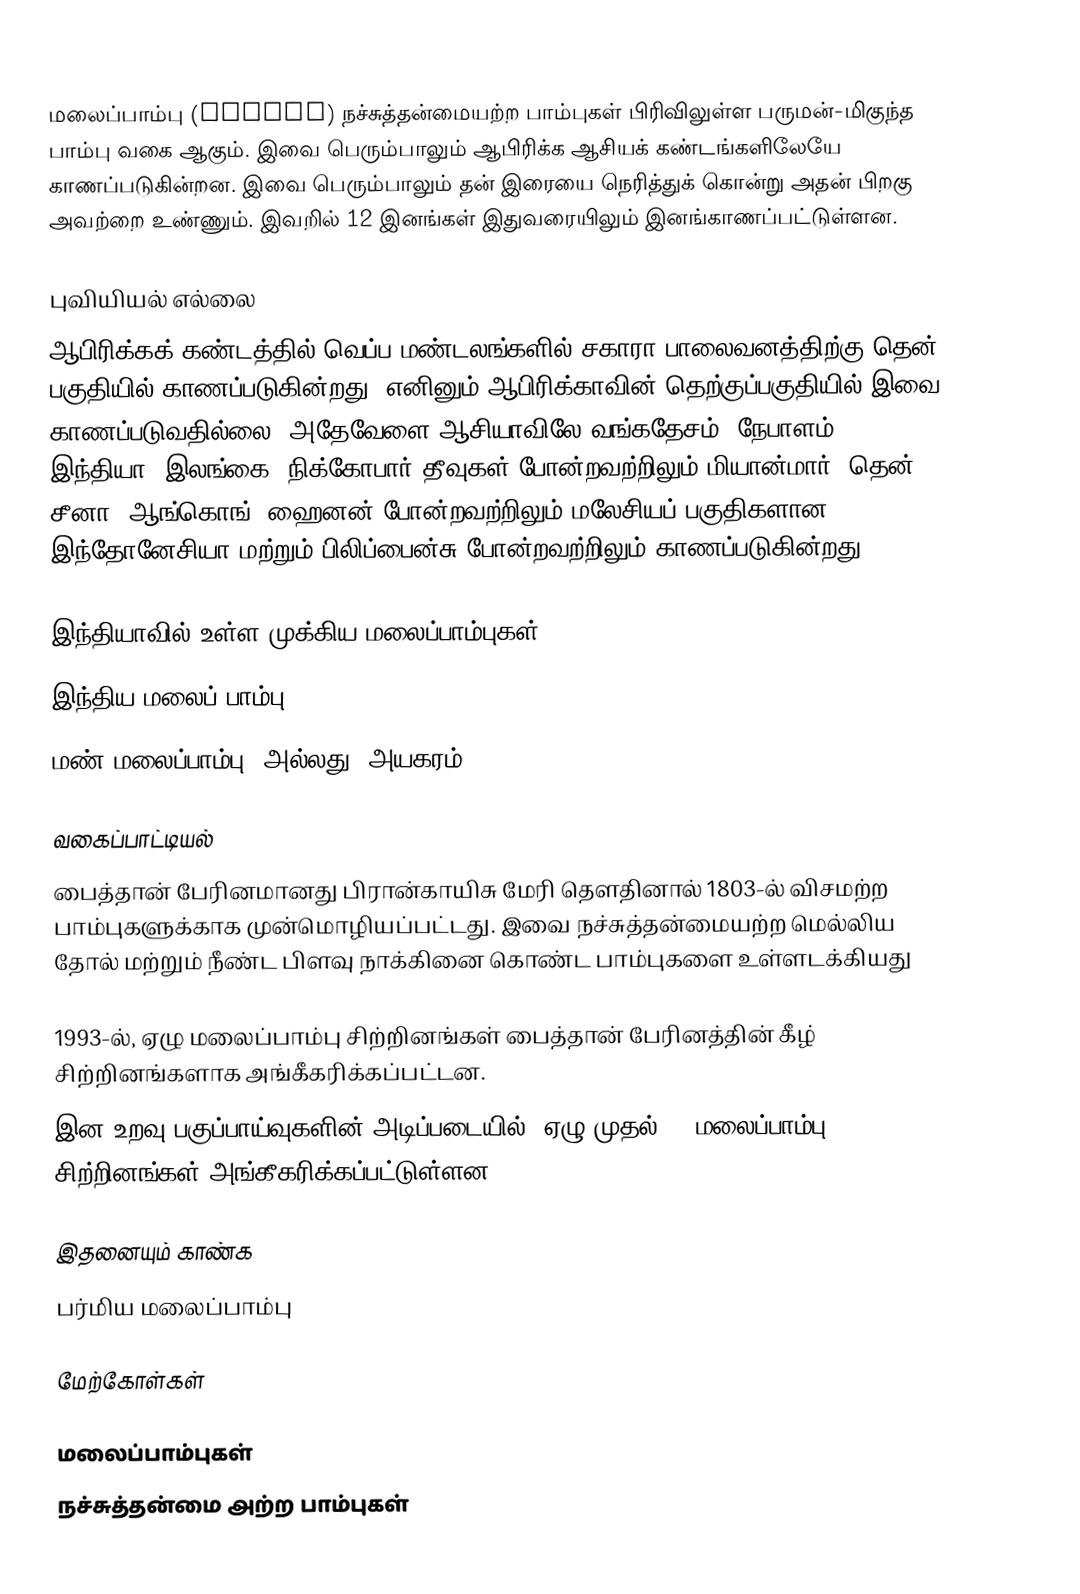
மலைப்பாம்பு (Python) நச்சுத்தன்மையற்ற பாம்புகள் பிரிவிலுள்ள பருமன்-மிகுந்த பாம்பு வகை ஆகும். இவை பெரும்பாலும் ஆபிரிக்க ஆசியக் கண்டங்களிலேயே காணப்படுகின்றன.  இவை பெரும்பாலும் தன் இரையை நெரித்துக் கொன்று அதன் பிறகு அவற்றை உண்ணும். இவறில் 12 இனங்கள் இதுவரையிலும் இனங்காணப்பட்டுள்ளன.

புவியியல் எல்லை
ஆபிரிக்கக் கண்டத்தில் வெப்ப மண்டலங்களில் சகாரா பாலைவனத்திற்கு தென் பகுதியில் காணப்படுகின்றது. எனினும் ஆபிரிக்காவின் தெற்குப்பகுதியில் இவை காணப்படுவதில்லை. அதேவேளை ஆசியாவிலே வங்கதேசம், நேபாளம், இந்தியா, இலங்கை, நிக்கோபார் தீவுகள் போன்றவற்றிலும் மியான்மார், தென் சீனா, ஆங்கொங், ஹைனன் போன்றவற்றிலும் மலேசியப் பகுதிகளான இந்தோனேசியா மற்றும் பிலிப்பைன்சு போன்றவற்றிலும் காணப்படுகின்றது.

இந்தியாவில் உள்ள முக்கிய மலைப்பாம்புகள்:
 இந்திய மலைப் பாம்பு
 மண் மலைப்பாம்பு (அல்லது) அயகரம்.

வகைப்பாட்டியல்
பைத்தான் பேரினமானது பிரான்காயிசு மேரி தெளதினால் 1803-ல் விசமற்ற பாம்புகளுக்காக முன்மொழியப்பட்டது. இவை நச்சுத்தன்மையற்ற மெல்லிய தோல் மற்றும் நீண்ட பிளவு நாக்கினை கொண்ட பாம்புகளை உள்ளடக்கியது

1993-ல், ஏழு மலைப்பாம்பு சிற்றினங்கள் பைத்தான் பேரினத்தின் கீழ் சிற்றினங்களாக அங்கீகரிக்கப்பட்டன.
இன உறவு பகுப்பாய்வுகளின் அடிப்படையில், ஏழு முதல் 13 மலைப்பாம்பு சிற்றினங்கள் அங்கீகரிக்கப்பட்டுள்ளன.

இதனையும் காண்க
 பர்மிய மலைப்பாம்பு

மேற்கோள்கள்

மலைப்பாம்புகள்
நச்சுத்தன்மை அற்ற பாம்புகள்